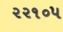
૨૨૧૦૫